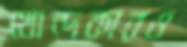
খোন্দকারও